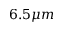
6 . 5 \mu m